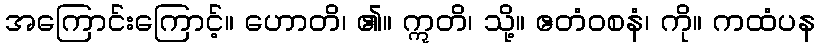
အကြောင်းကြောင့်။ ဟောတိ၊ ၏။ ဣတိ၊ သို့။ ဧတံဝစနံ၊ ကို။ ကထံပန